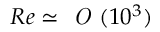
R e \simeq \textit { O } ( 1 0 ^ { 3 } )